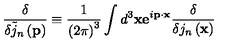
\frac \delta { \delta \tilde { j } _ { n } \left( \mathbf { p } \right) } \equiv \frac 1 { \left( 2 \pi \right) ^ { 3 } } \int d ^ { 3 } \mathbf { x e } ^ { i \mathbf { p \cdot x } } \frac \delta { \delta j _ { n } \left( \mathbf { x } \right) }